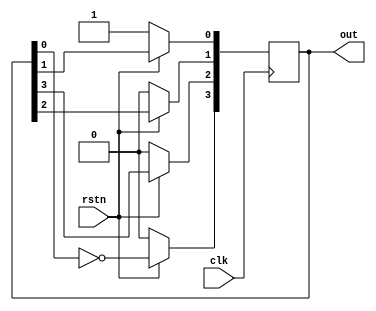
module johnson_ctr #(parameter WIDTH=4)  
  (  
    input clk,  
    input rstn,  
    output reg [WIDTH-1:0] out  
  );  

  integer i;
  
  always @ (posedge clk) begin  
      if (!rstn)  
         out <= 1;  
      else begin  
        out[WIDTH-1] <= ~out[0];  
        for (i = 0; i < WIDTH-1; i=i+1) begin  
          out[i] <= out[i+1];  
        end  
      end  
  end  
endmodule